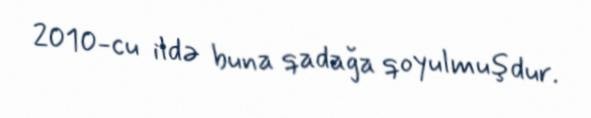
2010-cu ildə buna qadağa qoyulmuşdur.